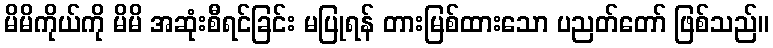
မိမိကိုယ်ကို မိမိ အဆုံးစီရင်ခြင်း မပြုရန် တားမြစ်ထားသော ပညတ်တော် ဖြစ်သည်။